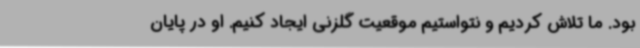
بود. ما تلاش کردیم و نتواستیم موقعیت گلزنی ایجاد کنیم. او در پایان